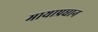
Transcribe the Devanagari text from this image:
मायाप्रधान